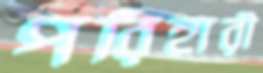
পরিহারী